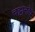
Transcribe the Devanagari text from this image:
चट्टानके